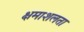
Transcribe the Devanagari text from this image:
क्षमाशलता